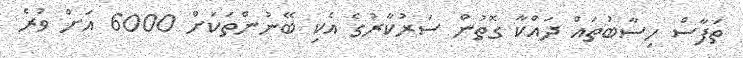
ތަފާސް ހިސާބުތައް ދައްކާ ގޮތުން ސަރުކާރުގެ އެކި ބޭނުންތަކަށް 6000 އަށް ވުރެ